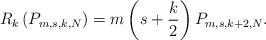
LaTeX: \begin{align*}R_k\left(P_{m,s,k,N}\right)=m\left(s+\frac k2\right)P_{m,s,k+2,N}.\end{align*}